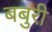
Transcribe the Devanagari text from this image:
बबुरी